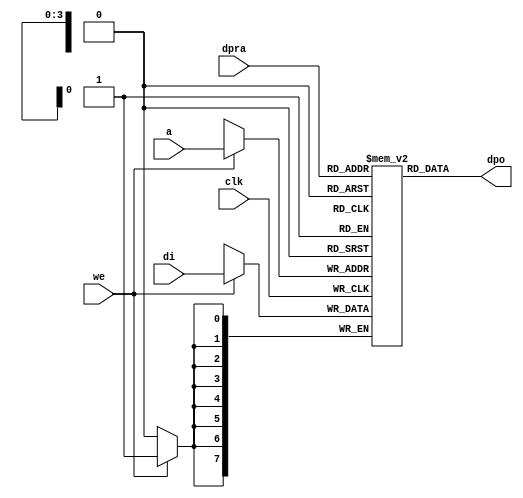
module raminfr   
        (clk, we, a, dpra, di, dpo); 

parameter addr_width = 4;
parameter data_width = 8;
parameter depth = 16;

input clk;   
input we;   
input  [addr_width-1:0] a;   
input  [addr_width-1:0] dpra;   
input  [data_width-1:0] di;   
//output [data_width-1:0] spo;   
output [data_width-1:0] dpo;   
reg    [data_width-1:0] ram [depth-1:0]; 

wire [data_width-1:0] dpo;
wire  [data_width-1:0] di;   
wire  [addr_width-1:0] a;   
wire  [addr_width-1:0] dpra;   
 
  always @(posedge clk) begin   
    if (we)   
      ram[a] <= di;   
  end   
//  assign spo = ram[a];   
  assign dpo = ram[dpra];   
endmodule